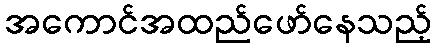
အကောင်အထည်ဖော်နေသည့်